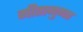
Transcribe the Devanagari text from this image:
गीतानुगत